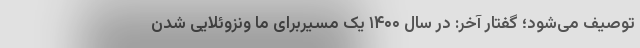
توصیف می‌شود؛ گفتار آخر: در سال ۱۴۰۰ یک مسیربرای ما ونزوئلایی شدن